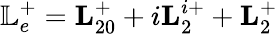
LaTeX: \mathbb{L}_{e}^{+}=\textbf{L}_{20}^{+}+i\textbf{L}_{2}^{i+}+\textbf{L}_{2}^{+}